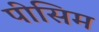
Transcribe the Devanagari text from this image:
पीसिम